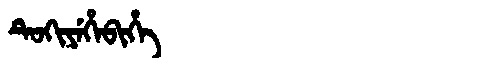
Manchu: ᡨᡠᡴᡳᠶᡝᡥᡝᠪᡳᡥᡝ
Romanization: TUKIYEHEBIHE